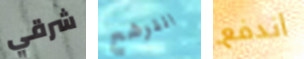
شرقي الترشح اندفع